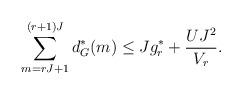
LaTeX: \begin{align*}\sum_{m=rJ+1}^{(r+1)J }d_G^*(m) \leq Jg^*_r + \frac{UJ^2}{V_r}.\end{align*}